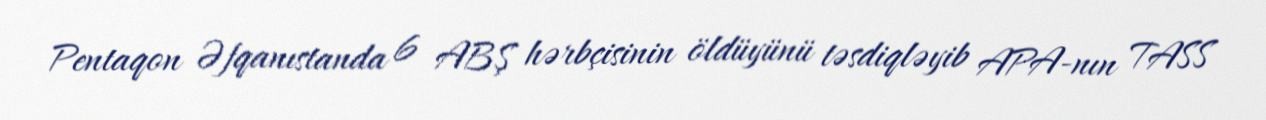
Pentaqon Əfqanıstanda 6 ABŞ hərbçisinin öldüyünü təsdiqləyib APA-nın TASS